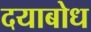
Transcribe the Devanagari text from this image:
दयाबोध